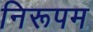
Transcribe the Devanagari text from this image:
निरूपम